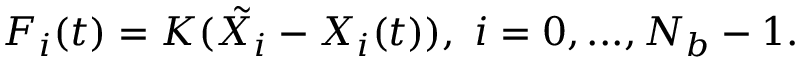
\boldsymbol F _ { i } ( t ) = K ( \tilde { \boldsymbol X _ { i } } - \boldsymbol X _ { i } ( t ) ) , \ i = 0 , . . . , N _ { b } - 1 .